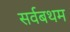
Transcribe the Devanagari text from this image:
सर्वबथम